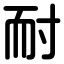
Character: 耐